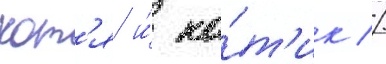
кот'я и́ ко́т'ик //